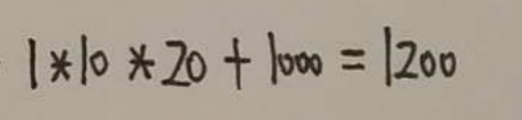
\[ 1 \times 10 \times 20 + 1000 = 1200 \]